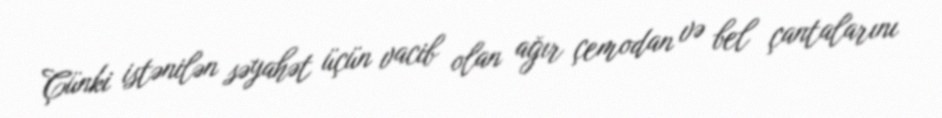
Çünki istənilən səyahət üçün vacib olan ağır çemodan və bel çantalarını